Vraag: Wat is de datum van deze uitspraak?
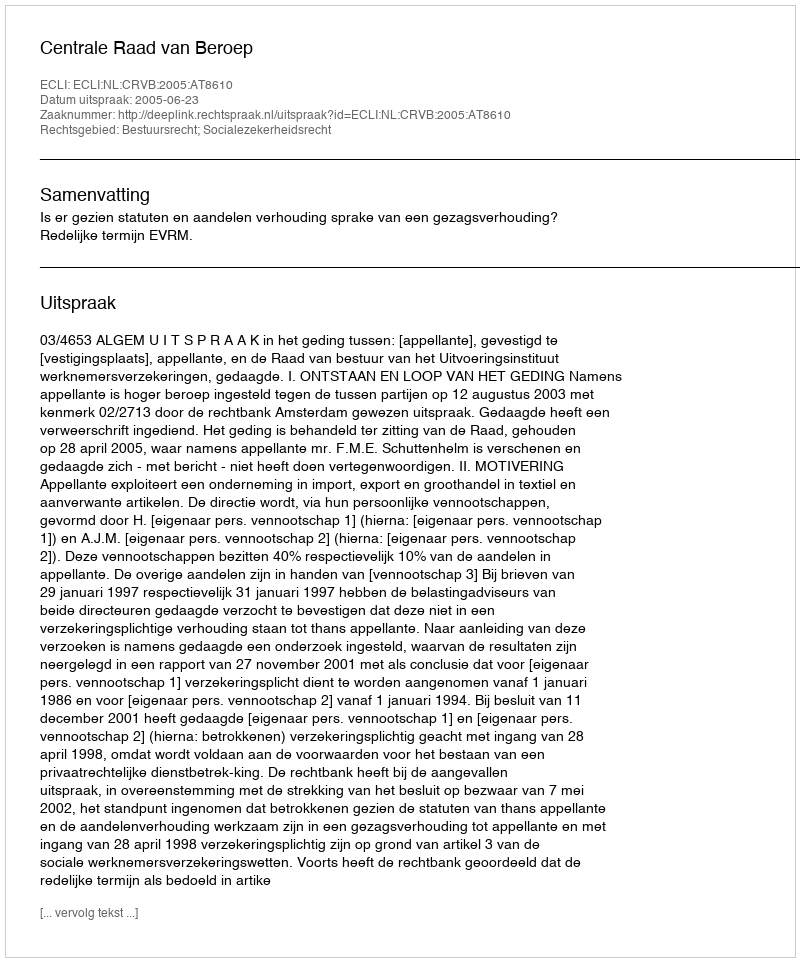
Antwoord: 2005-06-23